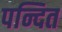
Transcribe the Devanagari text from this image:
पन्दित